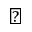
\clubsuit